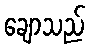
ချောသည်